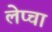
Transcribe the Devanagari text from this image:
लेप्‍चा